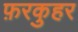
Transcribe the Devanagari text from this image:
फ़रकुहर